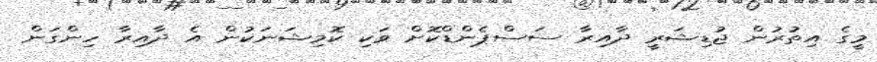
މީގެ އިތުރުން ޖުޑިޝަރީ ދާއިރާ ސަސްޕެންޑްކޮށް ވަކި ކޮމިޝަނަކުން އެ ދާއިރާ ހިންގަން